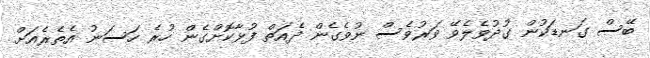
ބޭސް ގަނޑަކުން ގުދުވެލެވޭ ވަރުވެސް ނުވެގެން ދެއަތް ފުޅާކޮށްގެން ހުރެ ހަސަނު އެތެރެއަށް